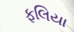
ફલિયા